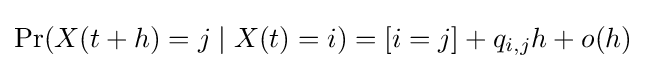
\Pr(X(t+h)=j\mid X(t)=i)=[i=j]+q_{i,j}h+o(h)